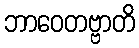
ဘာဝေတဗ္ဗာတိ